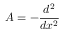
A = - { \frac { d ^ { 2 } } { d x ^ { 2 } } }